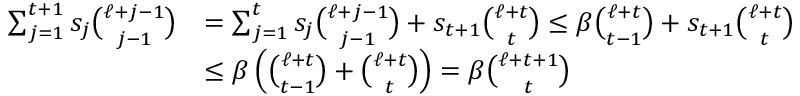
\begin{array} { r l } { \sum _ { j = 1 } ^ { t + 1 } s _ { j } \binom { \ell + j - 1 } { j - 1 } } & { = \sum _ { j = 1 } ^ { t } s _ { j } \binom { \ell + j - 1 } { j - 1 } + s _ { t + 1 } \binom { \ell + t } { t } \le \beta \binom { \ell + t } { t - 1 } + s _ { t + 1 } \binom { \ell + t } { t } } \\ & { \le \beta \left( \binom { \ell + t } { t - 1 } + \binom { \ell + t } { t } \right) = \beta \binom { \ell + t + 1 } { t } } \end{array}